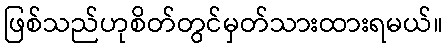
ဖြစ်သည်ဟုစိတ်တွင်မှတ်သားထားရမယ်။